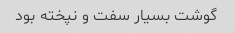
گوشت بسیار سفت و نپخته بود